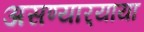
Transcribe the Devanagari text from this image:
असण्यार्‍याया